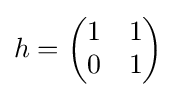
h={\begin{pmatrix}1&1\\0&1\end{pmatrix}}